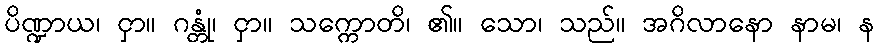
ပိဏ္ဍာယ၊ ငှာ။ ဂန္တုံ၊ ငှာ။ သက္ကောတိ၊ ၏။ သော၊ သည်။ အဂိလာနော နာမ၊ န